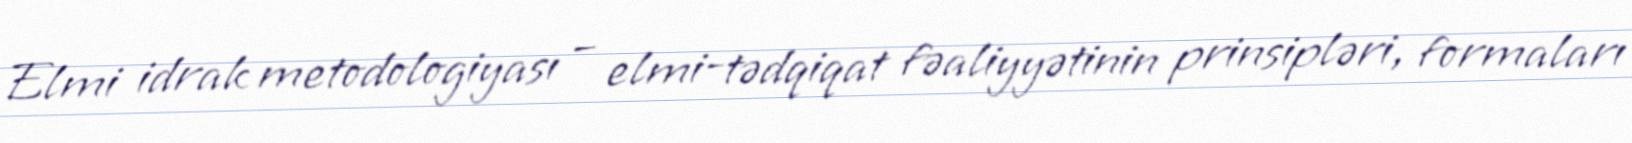
Elmi idrak metodologiyası – elmi-tədqiqat fəaliyyətinin prinsipləri, formaları